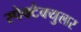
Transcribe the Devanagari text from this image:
स्पेक्टैक्युलर